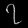
Digit: ၇